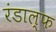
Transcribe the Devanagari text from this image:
रंडाल्फ